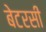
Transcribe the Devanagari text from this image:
बेटरसी